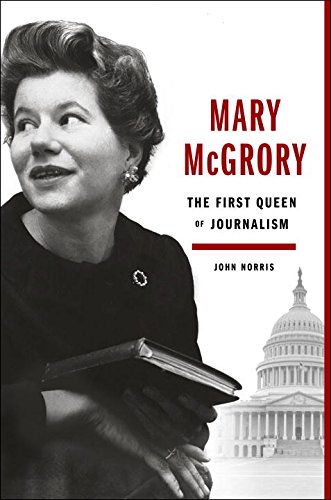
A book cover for Mary McGrory: The First Queen of Journalism; John Norris; Biographies & Memoirs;